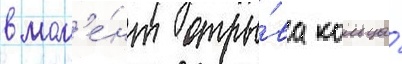
в мом'е́нт отры́ва кольца́